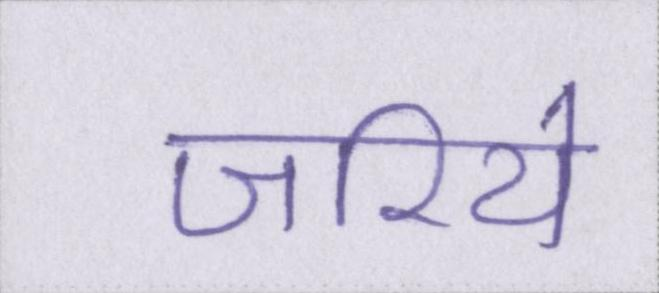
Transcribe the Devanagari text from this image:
जरिये